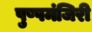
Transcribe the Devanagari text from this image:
पुष्पमंजिरी